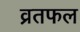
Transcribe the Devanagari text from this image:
व्रतफल